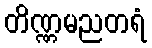
တိဏ္ဏမညတရံ